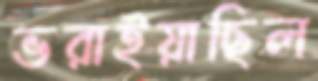
ভরাইয়াছিল